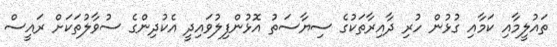
ތައުލީމާއި ކަމާއި ގުޅުން ހުރި ދާއިރާތަކުގެ ސިޔާސަތު އޮޅުންފިލުވައިދީ އެކުދިންގެ ސުވާލުތަކަށް ރައީސް